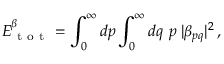
E _ { \mathrm { ~ t ~ o ~ t ~ } } ^ { \beta } = \int _ { 0 } ^ { \infty } d p \int _ { 0 } ^ { \infty } d q \ p \; | \beta _ { p q } | ^ { 2 } \, ,